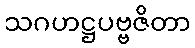
သဂဟဋ္ဌပဗ္ဗဇိတာ